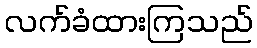
လက်ခံထားကြသည်